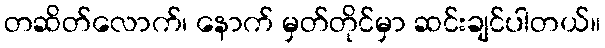
တဆိတ်လောက်၊ နောက် မှတ်တိုင်မှာ ဆင်းချင်ပါတယ်။